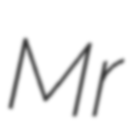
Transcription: Mr